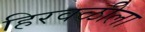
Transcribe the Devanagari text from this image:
हिरवळीला